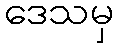
ဒေသမှ